Report of the Municipal Commissioner on the plague in Bombay for the year ending 31st May... - Volume 1
Disease focus: Plague
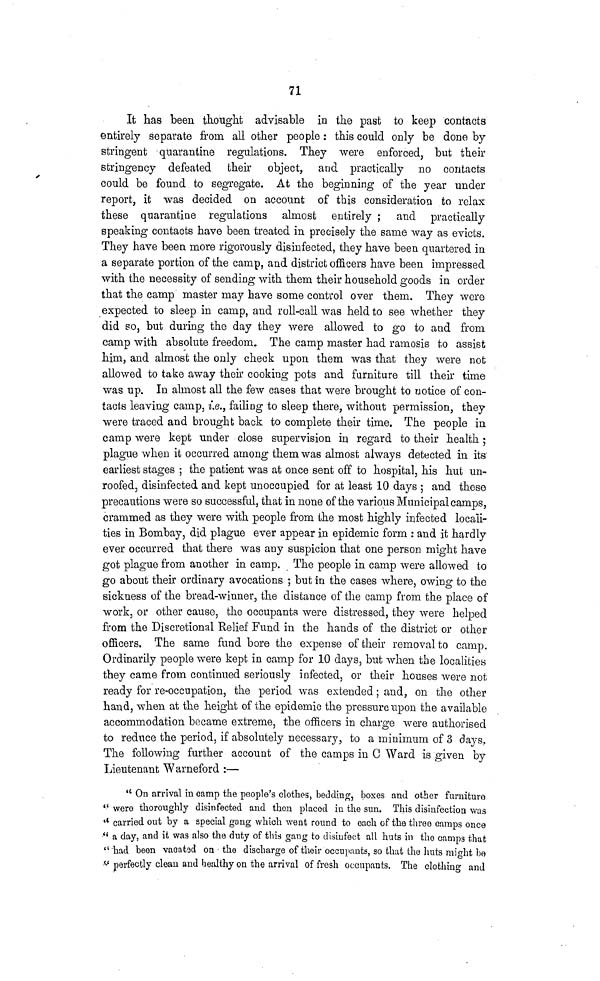
71
It has been thought advisable in the past to keep contacts
entirely separate from all other people : this could only be done by
stringent quarantine regulations. They were enforced, but their
stringency defeated their object, and practically no contacts
could be found to segregate. At the beginning of the year under
report, it was decided on account of this consideration to relax
these quarantine regulations almost entirely ; and practically
speaking contacts have been treated in precisely the same way as evicts.
They have been more rigorously disinfected, they have been quartered in
a separate portion of the camp, and district officers have been impressed
with the necessity of sending with them their household goods in order
that the camp master may have some control over them. They were
expected to sleep in camp, and roll-call was held to see whether they
did so, but during the day they were allowed to go to and from
camp with absolute freedom. The camp master had ramosis to assist
him, and almost the only check upon them was that they were not
allowed to take away their cooking pots and furniture till their time
was up. In almost all the few cases that were brought to notice of con-
tacts leaving camp, i.e., failing to sleep there, without permission, they
were traced and brought back to complete their time. The people in
camp were kept under close supervision in regard to their health ;
plague when it occurred among them was almost always detected in its
earliest stages ; the patient was at once sent off to hospital, his hut un-
roofed, disinfected and kept unoccupied for at least 10 days ; and these
precautions were so successful, that in none of the various Municipal camps,
crammed as they were with people from the most highly infected locali-
ties in Bombay, did plague ever appear in epidemic form : and it hardly
ever occurred that there was any suspicion that one person might have
got plague from another in camp. The people in camp were allowed to
go about their ordinary avocations ; but in the cases where, owing to the
sickness of the bread-winner, the distance of the camp from the place of
work, or other cause, the occupants were distressed, they were helped
from the Discretional Relief Fund in the hands of the district or other
officers. The same fund bore the expense of their removal to camp.
Ordinarily people were kept in camp for 10 days, but when the localities
they came from continued seriously infected, or their houses were not
ready for re-occupation, the period was extended ; and, on the other
hand, when at the height of the epidemic the pressure upon the available
accommodation became extreme, the officers in charge were authorised
to reduce the period, if absolutely necessary, to a minimum of 3 days.
The following further account of the camps in C Ward is given by
Lieutenant Warneford :—
" On arrival in camp the people's clothes, bedding, boxes and other furniture
" were thoroughly disinfected and then placed in the sun. This disinfection was
" carried out by a special gang which went round to each of the three camps once
" a day, and it was also the duty of this gang to disinfect all huts in the camps that
" had been vacated on the discharge of their occupants, so that the huts might be
" perfectly clean and healthy on the arrival of fresh occupants. The clothing and